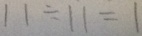
1 1 \div 1 1 = 1